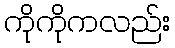
ကိုကိုကလည်း